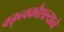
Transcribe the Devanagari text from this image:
वक्तृत्वकौशल्याने